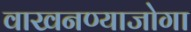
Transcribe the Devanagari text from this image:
वाखनण्याजोगा